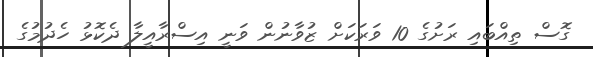
ގޮސް ތިއްބައި ރަށުގެ 10 ވަރަކަށް ޒުވާނުން ވަނީ އިސްރާއީލާ ދެކޮޅު ހެދުމުގެ